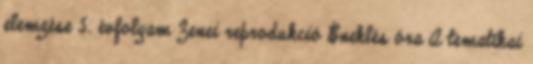
elemzése 5. évfolyam Zenei reprodukció Éneklés óra A tematikai